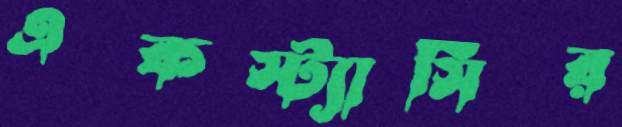
একস্ট্যাসির